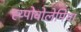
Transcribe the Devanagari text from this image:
ह्य्पोवोलेमिया